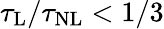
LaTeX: \tau_{\mathrm{L}}/\tau_{\mathrm{NL}}<1/3